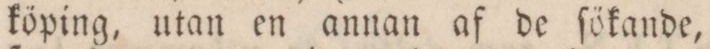
köping, utan en annan af de ſökande,